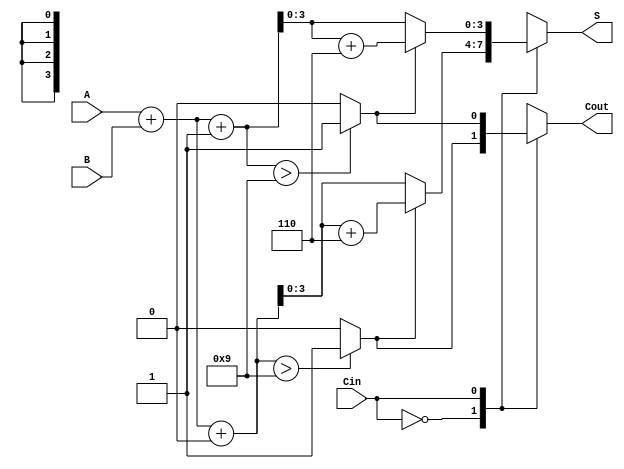
module BCD_MCSA (
    input [3:0] A,      // 4-bit BCD input A
    input [3:0] B,      // 4-bit BCD input B
    input Cin,          // Carry-in
    output reg [3:0] S, // 4-bit BCD sum output
    output reg Cout     // Carry-out
);

    wire [4:0] S0, S1;  // Intermediate sums for Cin = 0 and Cin = 1
    wire C0, C1;        // Carry-out for Cin = 0 and Cin = 1
    wire [4:0] S0_corr, S1_corr; // Corrected sums

    // Preliminary sums for Cin = 0 and Cin = 1
    assign S0 = A + B + 4'b0000; // Sum with Cin = 0
    assign S1 = A + B + 4'b0001; // Sum with Cin = 1

    // Generate carry-out signals
    assign C0 = (S0 > 4'b1001) ? 1'b1 : 1'b0; // Carry out for S0
    assign C1 = (S1 > 4'b1001) ? 1'b1 : 1'b0; // Carry out for S1

    // BCD correction logic
    assign S0_corr = (C0) ? (S0 + 5'b00110) : S0; // Add 6 if S0 > 9
    assign S1_corr = (C1) ? (S1 + 5'b00110) : S1; // Add 6 if S1 > 9

    // Select the correct sum and carry-out based on Cin
    always @(*) begin
        case (Cin)
            1'b0: begin
                S = S0_corr[3:0]; // Select corrected sum for Cin = 0
                Cout = C0;        // Select carry-out for Cin = 0
            end
            1'b1: begin
                S = S1_corr[3:0]; // Select corrected sum for Cin = 1
                Cout = C1;        // Select carry-out for Cin = 1
            end
        endcase
    end

endmodule